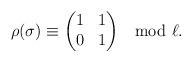
LaTeX: \begin{align*}\rho(\sigma)\equiv{ \begin{pmatrix}1 & 1 \\0&1 \end{pmatrix} }\mod{\ell}.\end{align*}